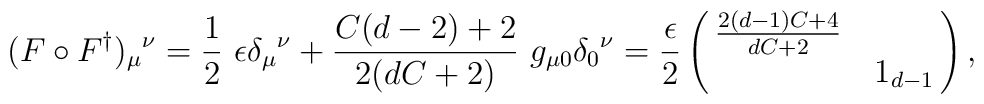
(F\circ F^{\dag})_{\mu}{}^{\nu}=\frac{1}{2}\ \epsilon \delta_{\mu}{}^{\nu} +\frac{C (d-2)+2}{2 (d C+2)}\ g_{\mu 0}\delta_{0}{}^{\nu}=\frac{\epsilon}{2}\left( \matrix{\frac{2 (d-1) C+4}{d C+2} &\cr &1_{d-1}\cr}\right),